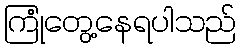
ကြုံတွေ့နေရပါသည်